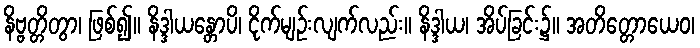
နိဗ္ဗတ္တိတွာ၊ ဖြစ်၍။ နိဒ္ဒါယန္တောပိ၊ ငိုက်မျဉ်းလျက်လည်း။ နိဒ္ဒါယ၊ အိပ်ခြင်း၌။ အတိတ္တောယေဝ၊